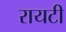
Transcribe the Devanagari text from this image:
रायटी